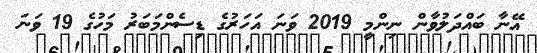
އޭނާ ބައްދަލުވާން ނިންމީ 2019 ވަނަ އަހަރުގެ ޑިސެންމަބަރު މަހުގެ 19 ވަނަ